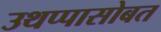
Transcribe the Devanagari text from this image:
उथप्पासोबत